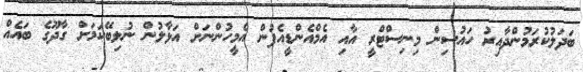
ބަދަލުކުރަމުންދާއިރު ހައުސިން މިނިސްޓްރީ އާއި އެމްއެންޑީއެފުން އެމީހުންނަށް އަޅާލުން ނުލިބޭކަމަށް ގާދޫގެ ބައެއް